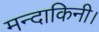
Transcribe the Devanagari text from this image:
मन्दाकिनी।